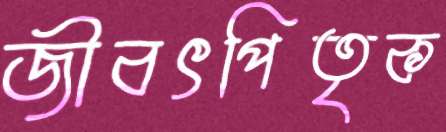
জীবৎপিতৃক